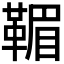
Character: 𩋿